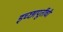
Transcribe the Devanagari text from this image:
इच्छापूर्तीची